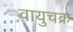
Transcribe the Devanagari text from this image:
वायुचक्र